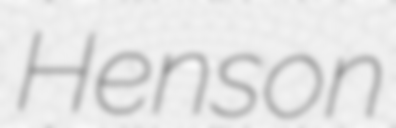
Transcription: Henson